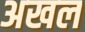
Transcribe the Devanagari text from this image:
अखल